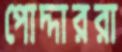
পোদ্দাররা